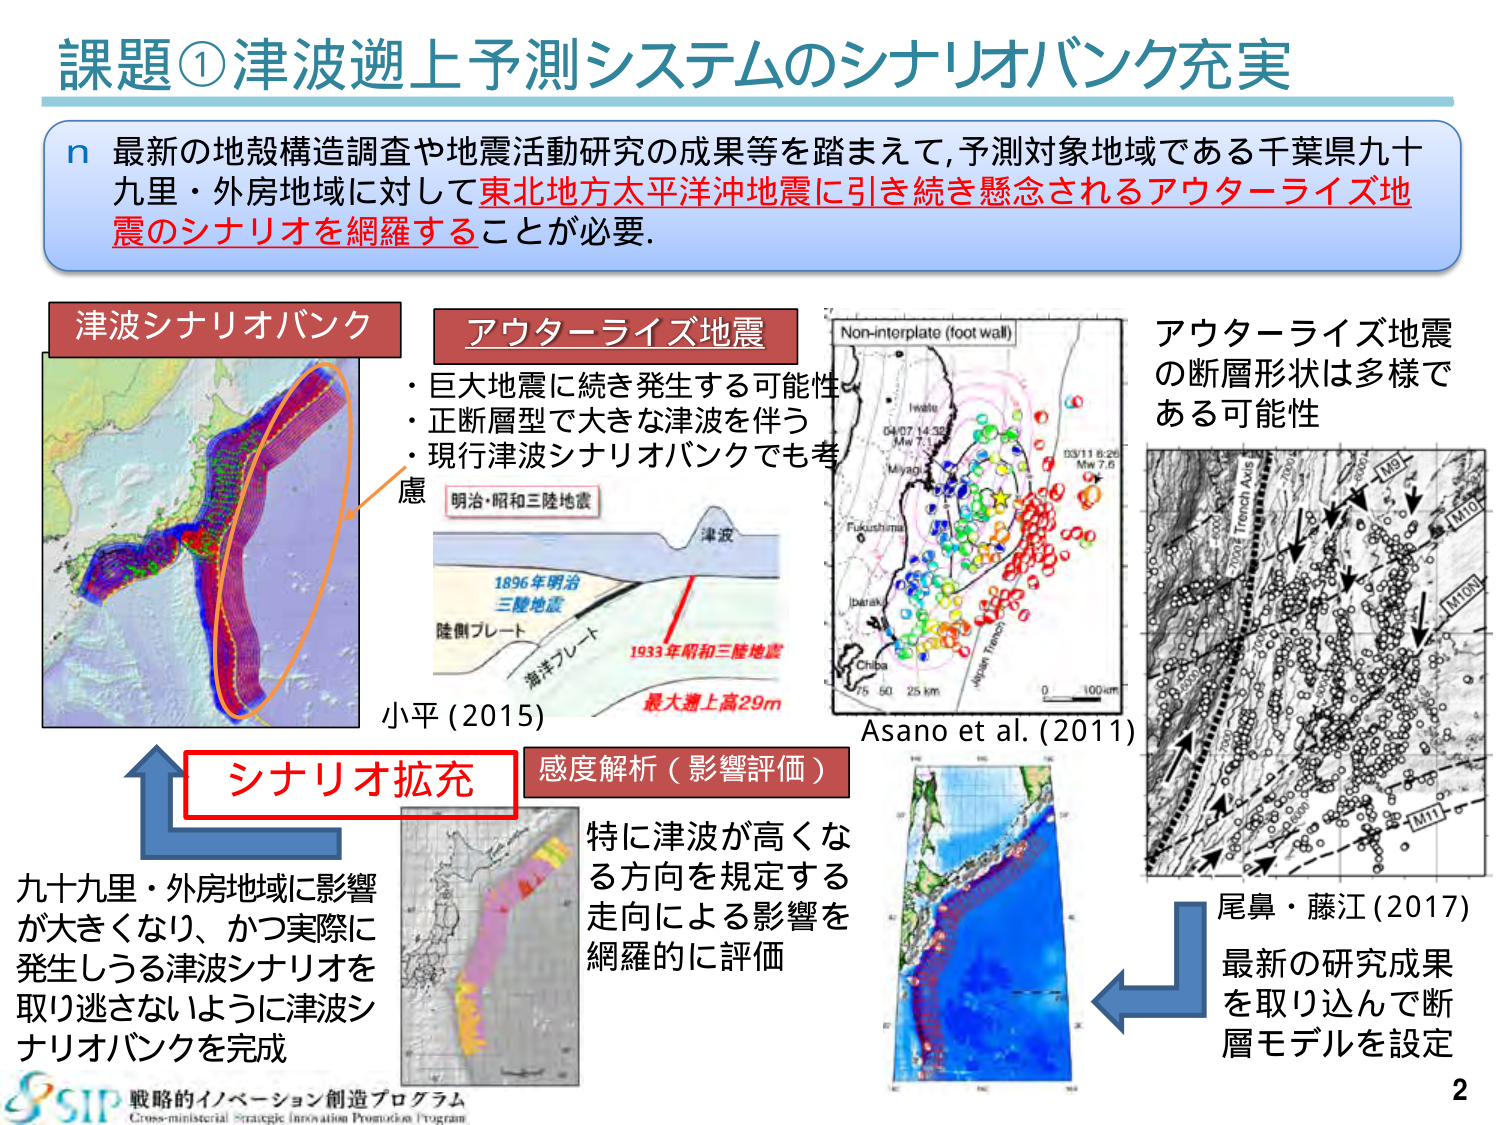
課題①津波遡上予測システムのシナリオバンク充実

n 最新の地殻構造調査や地震活動研究の成果等を踏まえて,予測対象地域である千葉県九十九里・外房地域に対して東北地方太平洋沖地震に引き続き懸念されるアウターライズ地震のシナリオを網羅することが必要.

津波シナリオバンク

アウターライズ地震
・巨大地震に続き発生する可能性
・正断層型で大きな津波を伴う
・現行津波シナリオバンクでも考慮

明治・昭和三陸地震
1896年明治
三陸地震
陸側プレート
海洋プレート
1933年昭和三陸地震
最大遡上高29m
小平(2015)

Non-interplate (foot wall)
Iwate
04/07 14:32
Mw 7.1
Miyagi
Fukushima
[barak]
Chiba
75 50 25 km
0 100km
Japan Trench
Asano et al. (2011)

アウターライズ地震
の断層形状は多様で
ある可能性

尾鼻・藤江(2017)

シナリオ拡充
感度解析（影響評価）

九十九里・外房地域に影響
が大きくなり、かつ実際に
発生しうる津波シナリオを
取り逃さないように津波シ
ナリオバンクを完成

特に津波が高くなる
方向を規定する
走向による影響を
網羅的に評価

最新の研究成果
を取り込んで断
層モデルを設定

戦略的イノベーション創造プログラム
Cross-ministerial Strategic Innovation Promotion Program

2